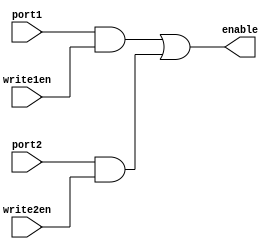
module reg_enable_logic (
	input port1,
	input port2,
	input write1en,
	input write2en,
	
	output enable
);

assign enable = port1&write1en | port2&write2en;

endmodule